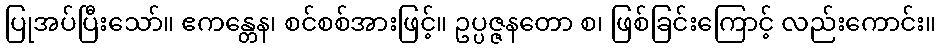
ပြုအပ်ပြီးသော်။ ဧကန္တေန၊ စင်စစ်အားဖြင့်။ ဥပ္ပဇ္ဇနတော စ၊ ဖြစ်ခြင်းကြောင့် လည်းကောင်း။